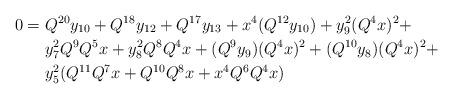
LaTeX: \begin{align*} 0 ={}& Q^{20} y_{10} + Q^{18} y_{12} + Q^{17} y_{13} + x^4(Q^{12} y_{10}) + y_9^2 (Q^4 x)^2 +\\ &y_7^2 Q^9Q^5 x + y_8^2 Q^8 Q^4 x + (Q^9 y_9) (Q^4x)^2 + (Q^{10} y_8) (Q^4 x)^2 + \\ &y_5^2 (Q^{11} Q^7 x + Q^{10}Q^8 x + x^4 Q^6 Q^4 x) \end{align*}